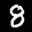
Label: 8